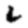
Digit: 2